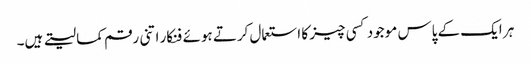
ہر ایک کے پاس موجود کسی چیز کا استعمال کرتے ہوئے فنکار اتنی رقم کما لیتے ہیں۔